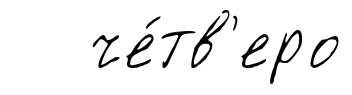
че́тв'еро